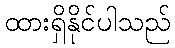
ထားရှိနိုင်ပါသည်